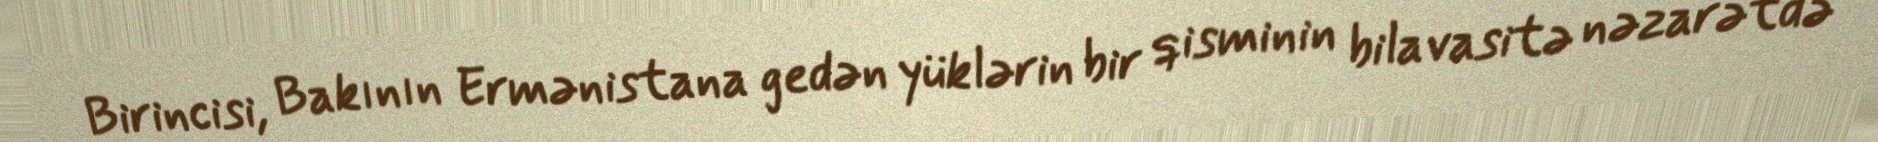
Birincisi, Bakının Ermənistana gedən yüklərin bir qisminin bilavasitə nəzarətdə